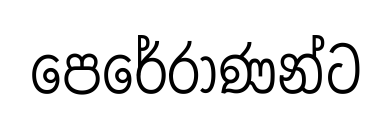
පෙරේරාණන්ට